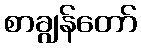
စာချွန်တော်